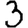
Digit: 3